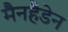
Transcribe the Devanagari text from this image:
मैनहैडेन